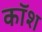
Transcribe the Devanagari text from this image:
कॉश